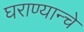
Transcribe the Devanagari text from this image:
घराण्यान्चे